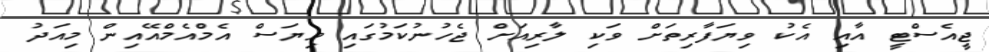
ޖީއެސްޓީ އާއި އެކު ވިޔަފާރިތަށް ވަކި ލާރިއަށް ޖެހުނުކަމުގައި ވިޔަސް އެމްއެމްއޭއިން މިއަދު